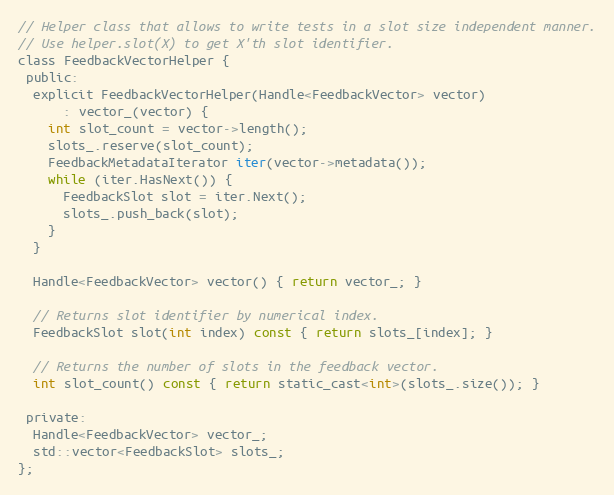
Language: C
// Helper class that allows to write tests in a slot size independent manner.
// Use helper.slot(X) to get X'th slot identifier.
class FeedbackVectorHelper {
 public:
  explicit FeedbackVectorHelper(Handle<FeedbackVector> vector)
      : vector_(vector) {
    int slot_count = vector->length();
    slots_.reserve(slot_count);
    FeedbackMetadataIterator iter(vector->metadata());
    while (iter.HasNext()) {
      FeedbackSlot slot = iter.Next();
      slots_.push_back(slot);
    }
  }

  Handle<FeedbackVector> vector() { return vector_; }

  // Returns slot identifier by numerical index.
  FeedbackSlot slot(int index) const { return slots_[index]; }

  // Returns the number of slots in the feedback vector.
  int slot_count() const { return static_cast<int>(slots_.size()); }

 private:
  Handle<FeedbackVector> vector_;
  std::vector<FeedbackSlot> slots_;
};